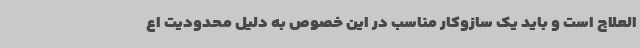
العلاج است و باید یک سازوکار مناسب در این خصوص به دلیل محدودیت اع